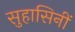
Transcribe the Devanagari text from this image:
सुहासिनीं